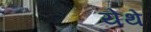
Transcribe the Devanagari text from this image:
येेथे